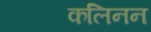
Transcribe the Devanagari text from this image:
कलिनन